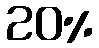
20%